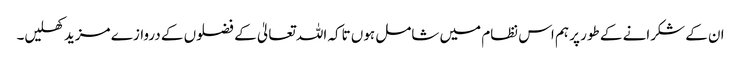
ان کے شکرانے کے طور پر ہم اس نظام میں شامل ہوں تاکہ اللہ تعالیٰ کے فضلوں کے دروازے مزید کھلیں۔